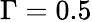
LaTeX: \Gamma=0.5